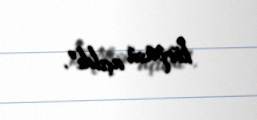
körpüsü açıldı”.